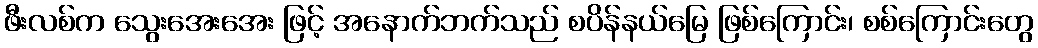
ဖီးလစ်က သွေးအေးအေး ဖြင့် အနောက်ဘက်သည် စပိန်နယ်မြေ ဖြစ်ကြောင်း၊ စစ်ကြောင်းတွေ